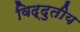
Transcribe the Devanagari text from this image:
विद्दुतीय